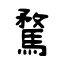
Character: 騖